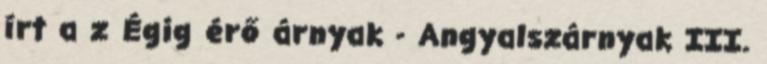
írt a z Égig érő árnyak - Angyalszárnyak III.